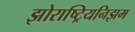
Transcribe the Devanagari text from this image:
झोराष्ट्रियनिझम